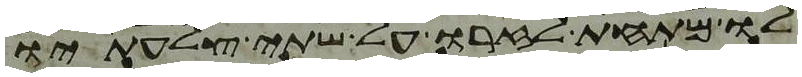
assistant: לו מתחת לזרו על שתי צלעתיו